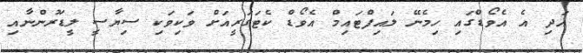
އަދި އެ އެވޯޑްގައި ހިމެނޭ ލައިފްޓައިމް އެވޯޑް ކެޓަގަރީއަށް ވަކިވަކި ސިޔާސީ ލީޑަރުންނާއި